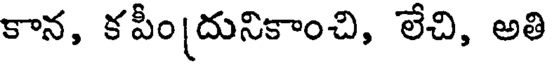
కాన, కపీం(దునికాంచి, లేచి, అతి